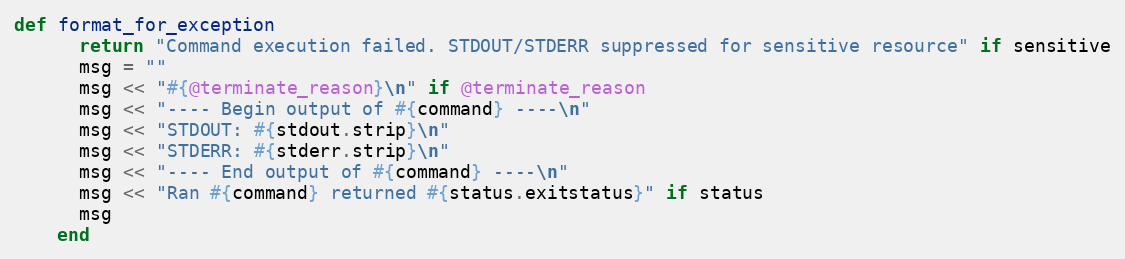
Language: Ruby
def format_for_exception
      return "Command execution failed. STDOUT/STDERR suppressed for sensitive resource" if sensitive
      msg = ""
      msg << "#{@terminate_reason}\n" if @terminate_reason
      msg << "---- Begin output of #{command} ----\n"
      msg << "STDOUT: #{stdout.strip}\n"
      msg << "STDERR: #{stderr.strip}\n"
      msg << "---- End output of #{command} ----\n"
      msg << "Ran #{command} returned #{status.exitstatus}" if status
      msg
    end